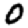
Digit: 0